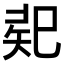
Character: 𢁄